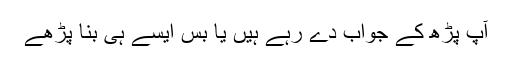
آپ پڑھ کے جواب دے رہے ہیں یا بس ایسے ہی بنا پڑھےَ